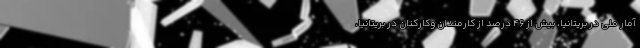
آمار ملی در بریتانیا، بیش از 46 درصد از کارمندان وکارکنان در بریتانیا،